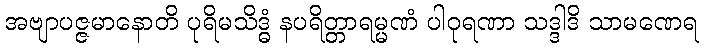
အဗျာပဇ္ဇမာနောတိ ပုရိမသိဒ္ဓံ နပရိတ္တာရမ္မဏံ ပါဝုရဏာ သဒ္ဒါဒိ သာမဏေရ